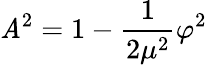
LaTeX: \mathit{A}^{2}=1-\frac{{1}}{{2\mu^{2}}}\varphi^{2}